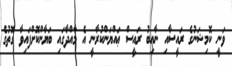
ވަނީ ކޮމިޝަނުގެ ރައީސާއި ނާއިބު ރައީސް ޢައްޔަންކުރާނީ އެ މާއްދާގައި ބަޔާންކޮށްފައިވާ ގޮތުގެ